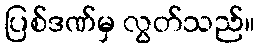
ပြစ်ဒဏ်မှ လွတ်သည်။